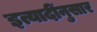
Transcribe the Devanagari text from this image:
इत्यादींनुसार